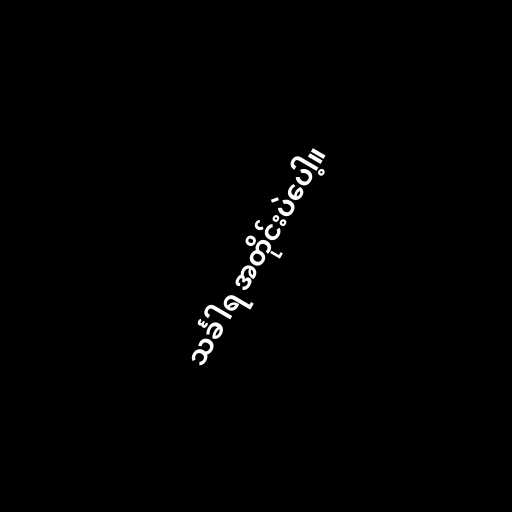
သင်္ခါရ အတိုင်းပဲပေါ့။